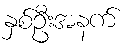
နှစ်ဦးအနက်